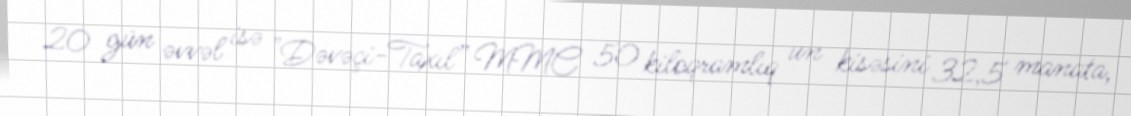
20 gün əvvəl isə "Dəvəçi-Taxıl” MMC 50 kiloqramlıq un kisəsini 32,5 manata,